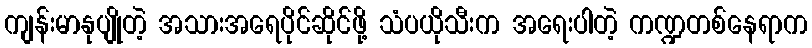
ကျန်းမာနုပျိုတဲ့ အသားအရေပိုင်ဆိုင်ဖို့ သံပယိုသီးက အရေးပါတဲ့ ကဏ္ဍတစ်နေရာက